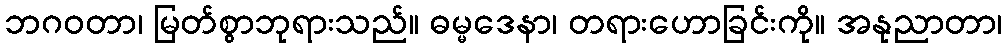
ဘဂဝတာ၊ မြတ်စွာဘုရားသည်။ ဓမ္မဒေနာ၊ တရားဟောခြင်းကို။ အနုညာတာ၊